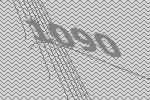
1090